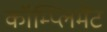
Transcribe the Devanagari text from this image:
कॉम्प्लिमेंट